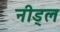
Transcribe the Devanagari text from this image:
नीड्ल